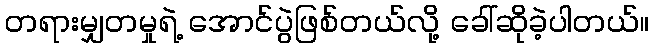
တရားမျှတမှုရဲ့ အောင်ပွဲဖြစ်တယ်လို့ ခေါ်ဆိုခဲ့ပါတယ်။